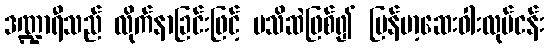
ဒဏ္ဍာရီသည် လိုက်နာခြင်းဖြင့် မသိဆဲဖြစ်၍ မြန်မာ့ဆေးဝါးလုပ်ငန်း